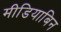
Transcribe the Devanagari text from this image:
मीडियाबिन